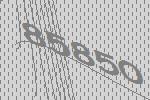
85850